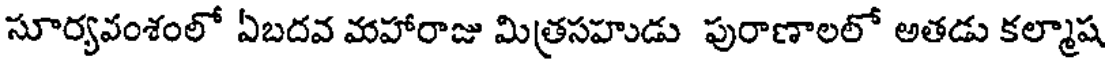
సూర్యవంశంలో ఏబదవ మహారాజు మిత్రసహుడు పురాణాలలో అతడు కల్మాష